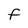
Character: F